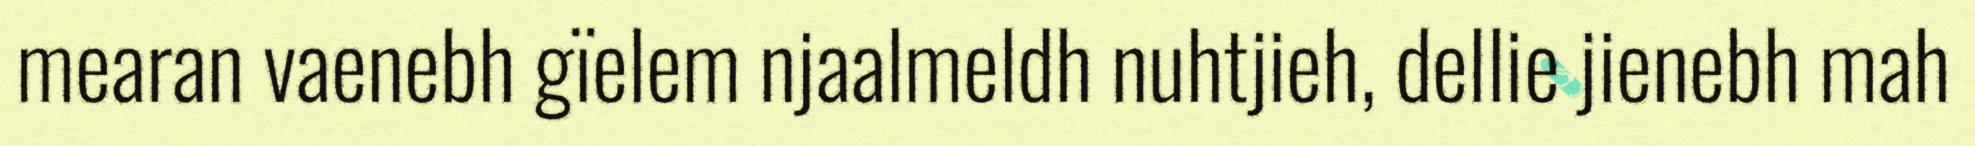
mearan vaenebh gïelem njaalmeldh nuhtjieh, dellie jienebh mah